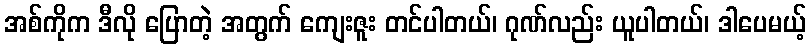
အစ်ကိုက ဒီလို ပြောတဲ့ အတွက် ကျေးဇူး တင်ပါတယ်၊ ဂုဏ်လည်း ယူပါတယ်၊ ဒါပေမယ့်